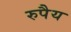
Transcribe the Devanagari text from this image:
रुपैय